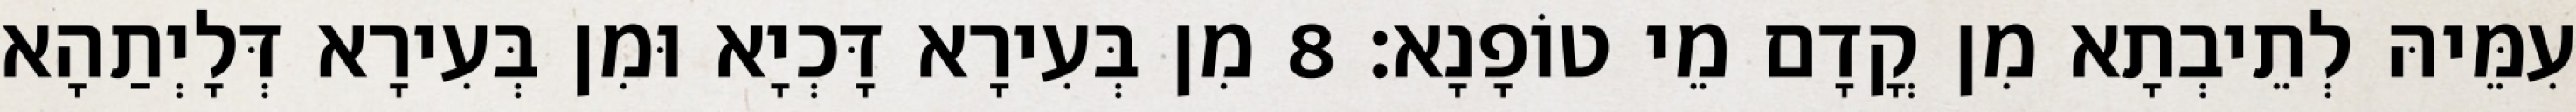
עִמֵּיהּ לְתֵיבְתָא מִן קֳדָם מֵי טוֹפָנָא׃ 8 מִן בְּעִירָא דָּכְיָא וּמִן בְּעִירָא דְּלָיְתַהָא